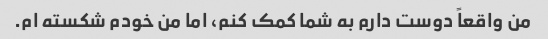
من واقعاً دوست دارم به شما کمک کنم، اما من خودم شکسته ام.